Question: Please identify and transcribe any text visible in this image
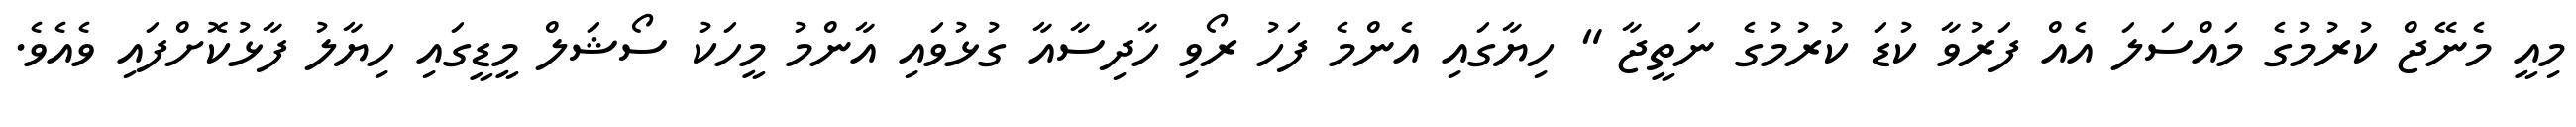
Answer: މިއީ މެނޭޖް ކުރުމުގެ މައްސަލަ އެއް ފަރުވާ ކުޑަ ކުރުމުގެ ނަތީޖާ " ހިޔާގައި އެންމެ ފަހު ރޯވި ހާދިސާއާ ގުޅުވައި އާންމު މީހަކު ސޯޝަލް މީޑީގައި ހިޔާލު ފާޅުކޮށްފައި ވެއެވެ.